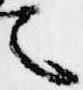
之